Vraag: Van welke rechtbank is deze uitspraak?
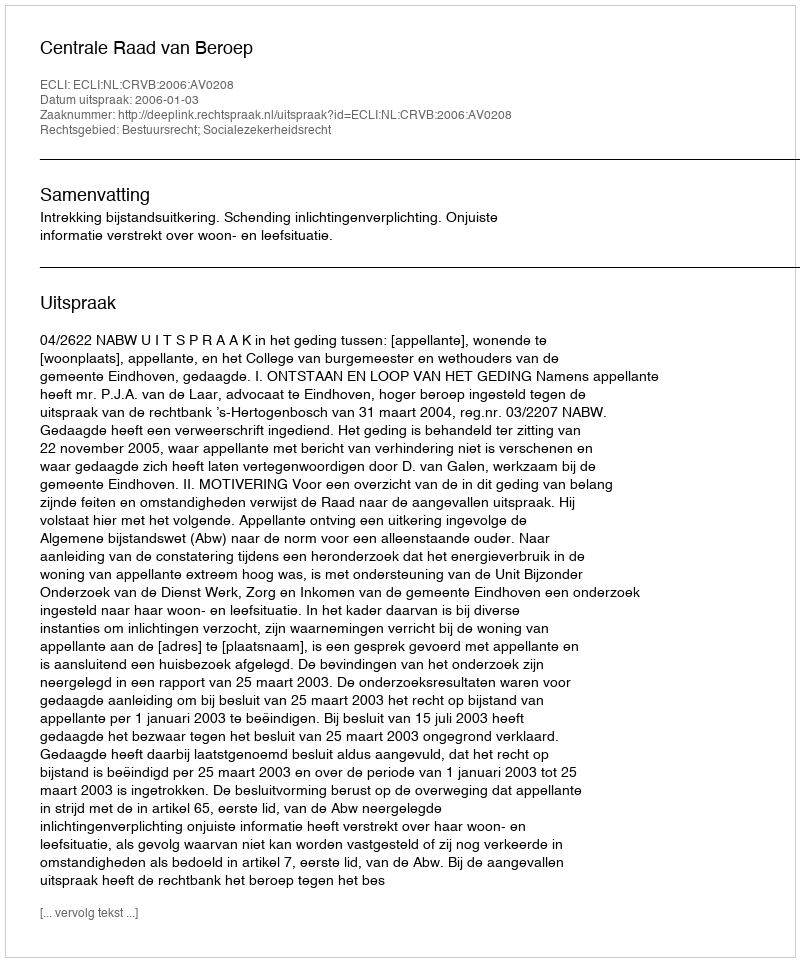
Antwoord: Centrale Raad van Beroep